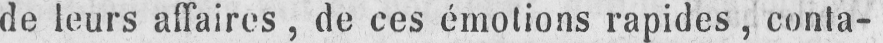
de leurs affaires, de ces émotions rapides, conta-